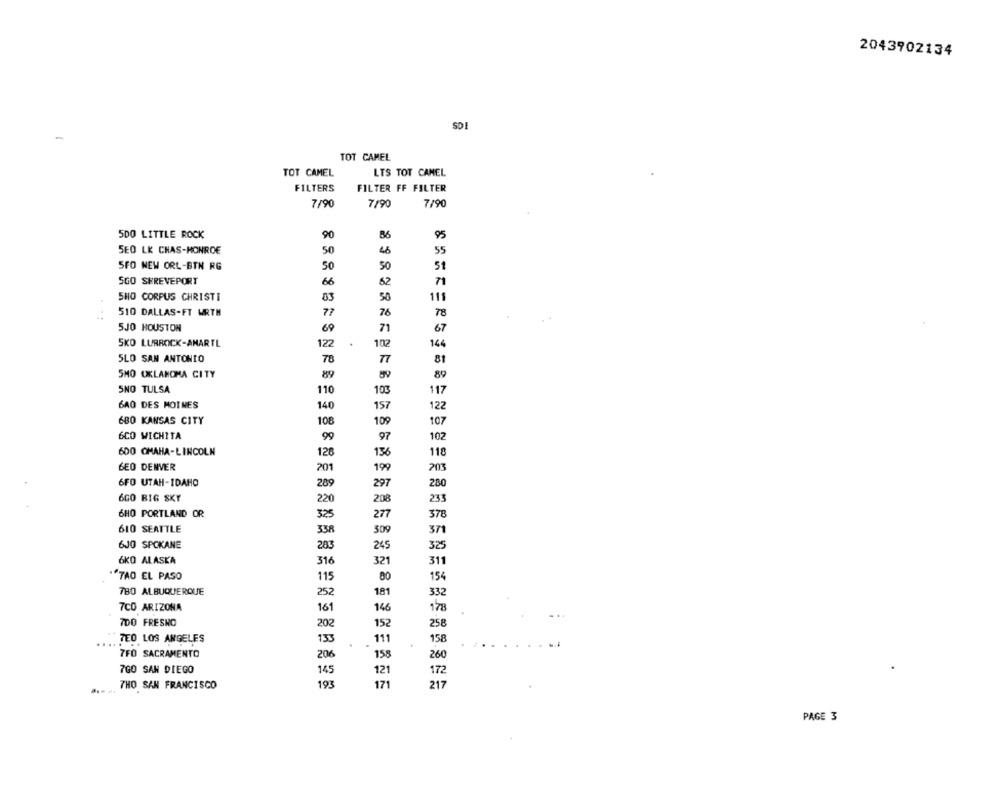
2043902134
SDE
TOT CAMEL
TOT CAMEL
LTS TOT CANEL
FILTERS
FILTER FF FILTER
7/90
7/90
7/90
5DO LITTLE ROCK
86
95
SEO LK CHAS-MONROE
50
45
55
SFO NEW ORL-BTN RG
50
50
St
SGO SHREVEPORT
66
62
71
SHO CORPUS CHRISTI
83
50
111
510 DALLAS-FT WRTH
77
76
78
5JO HOUSTON
69
71
67
SKO LURROCK-ANARTL
122
102
144
SLO SAN ANTONIO
78
77
81
SMO OKLAHOMA CITY
89
89
SNO TULSA
110
103
117
6A0 DES MOINES
140
157
122
680 KANSAS CITY
108
109
107
6CO WICHITA
97
102
99
600 OMAHA-LINCOLN
136
118
126
GEO DENVER
201
203
199
6FO UTAH-IDAHO
289
297
280
6GO BIG SKY
208
220
233
6HO PORTLAND OR
325
277
378
610 SEATTLE
338
509
371
6JO SPOKANE
283
245
325
6KO ALASKA
316
321
311
"TAO EL PASO
115
80
154
780 ALBUQUERQUE
252
181
332
7CO ARIZONA
161
146
178
...
7DO FRESNO
202
152
258
TEO LOS ANGELES
133
111
158
7FO SACRAMENTO
206
158
260
7GO SAN DIEGO
145
121
172
7HO SAN FRANCISCO
193
171
217
PAGE 3